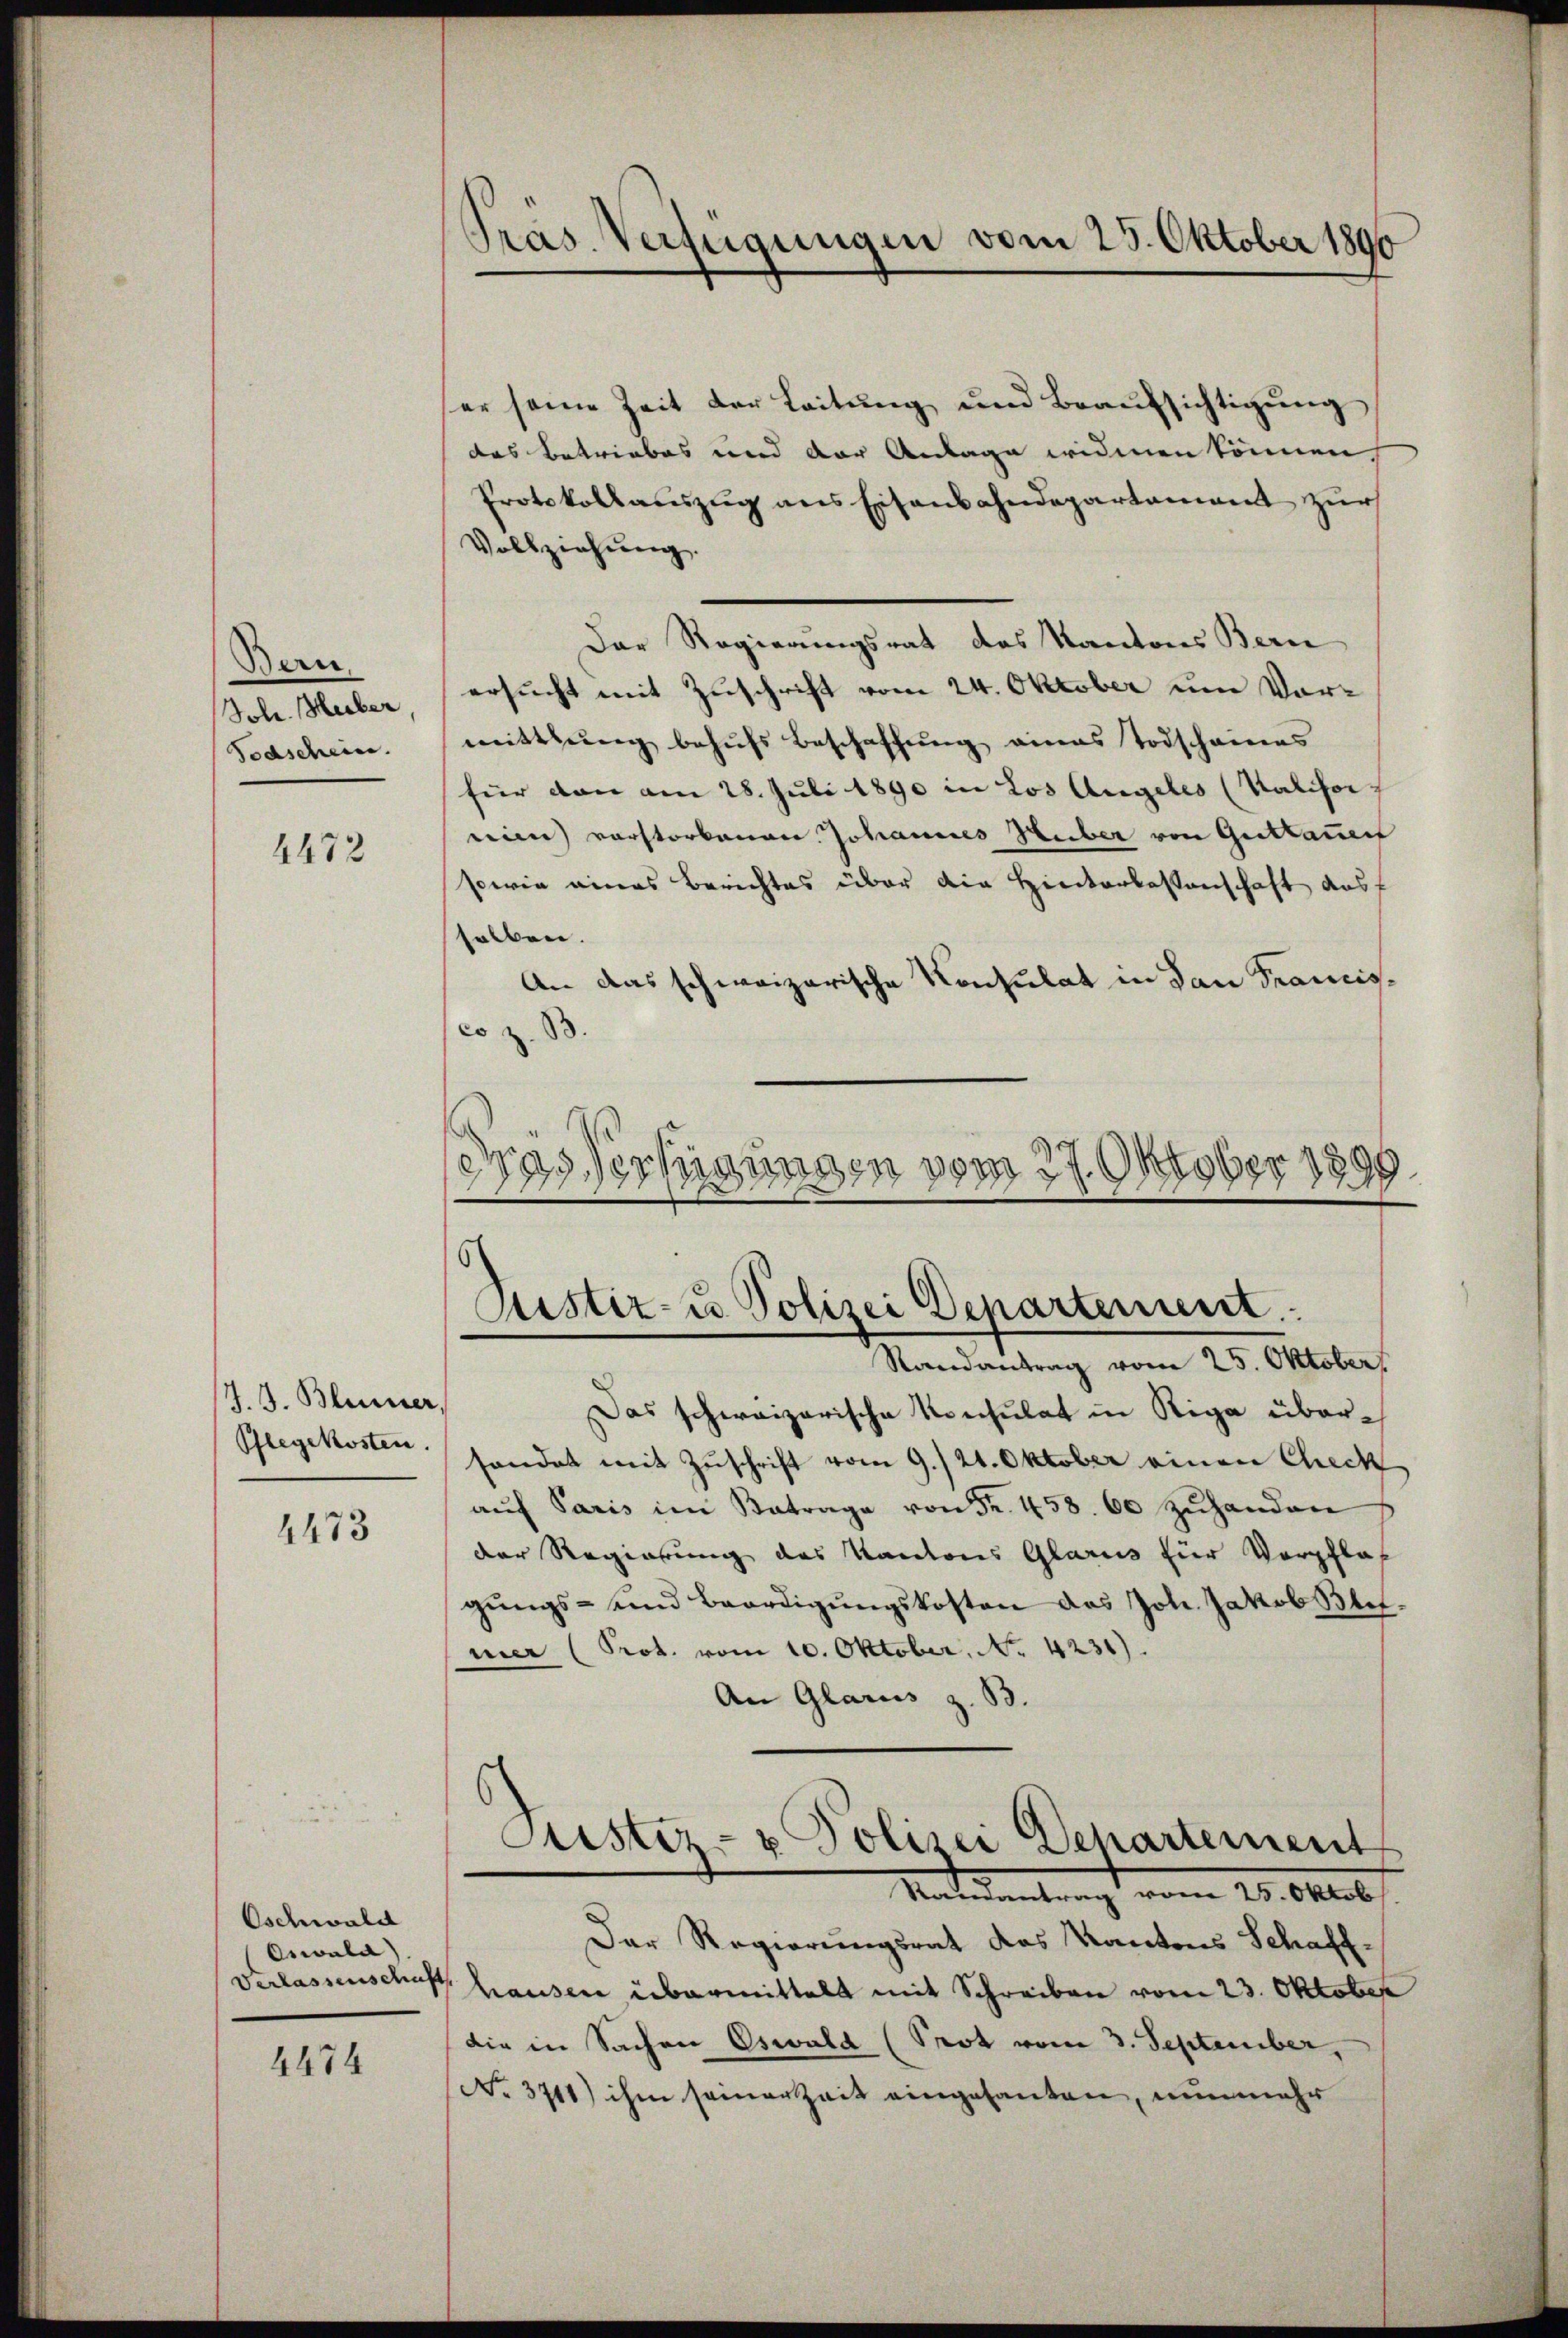
Bern.
Jole. Heiber,
Todschein.

4472

J. J. Bleiser,
Pflegekosten.

4473

Oschwald
Oswald)

4474

er seine Zeit der Leitŭng und Beaŭfsichtigŭng
das Betriebes und der Anlage widmen können,
Protokollauszug aus Eisenbahndepartament zur
Vollziehŭng.
Der Regierungsrat des Kantons Bern
ersucht mit Zuschrift vom 24. Oktober um Vormittlung behŭfs Beschaffŭng eines Todschaines
für den am 28. Juli 1890 in Los Angeles (Kalifor
reien vorstorbenen Johannes Heber von Guttauen
sowie eines Berichtes über die Hinterlassenschaft dasf
salben.
An das schweizerische Konsulat in dan Francisco z. B.
dras Verfügungen vom 27. Oktober 1899

Pras. Verfügungen vom 25. Oktober 1890

Justiz- u. Polizei Departement
Randantrag vom 25. Oktober

Das schweizerische Konsulat in Riga übersandet mit Zuschrift vom 9./21. Oktober einen Check
aŭf Paris im Betrage von Fr. 458. 60 zŭhanden
der Regierung des Kantons Glarus für Verpflich
gŭngs- und Beerdigŭngskosten das Joh. Jakob Blitmer (Prot. vom 10. Oktober. No. 4231).
An Glarus z. B.
Puster- u Polizei Departement
Mntedankung vom 28. 410.
Der Regierungsrat das Kantons Schaff¬
Verlassenschaft hausen übermittelt mit Schreiben vom 23. Oktober
die in Sachen Oswald (Prot vom 3. September,
(No. 3711) ihm seiner Zeit eingesanten, nunmehr